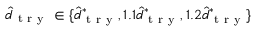
\hat { d } _ { \mathrm { ~ t ~ r ~ y ~ } } \in \lbrace \hat { d } _ { \mathrm { ~ t ~ r ~ y ~ } } ^ { * } , 1 . 1 \hat { d } _ { \mathrm { ~ t ~ r ~ y ~ } } ^ { * } , 1 . 2 \hat { d } _ { \mathrm { ~ t ~ r ~ y ~ } } ^ { * } \rbrace